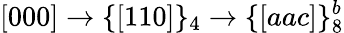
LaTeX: [000]\rightarrow\{ [110]\} _{4}\rightarrow\{ [aac]\} _{8}^{b}